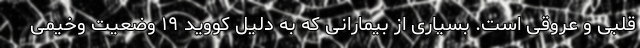
قلبی و عروقی است. بسیاری از بیمارانی که به دلیل کووید ۱۹ وضعیت وخیمی